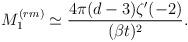
LaTeX: \begin{align*}M_1^{(rm)} \simeq \frac{4\pi (d-3) \zeta' (-2)}{(\beta t)^2}.\end{align*}